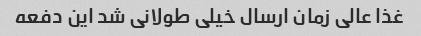
غذا عالی زمان ارسال خیلی طولانی شد این دفعه